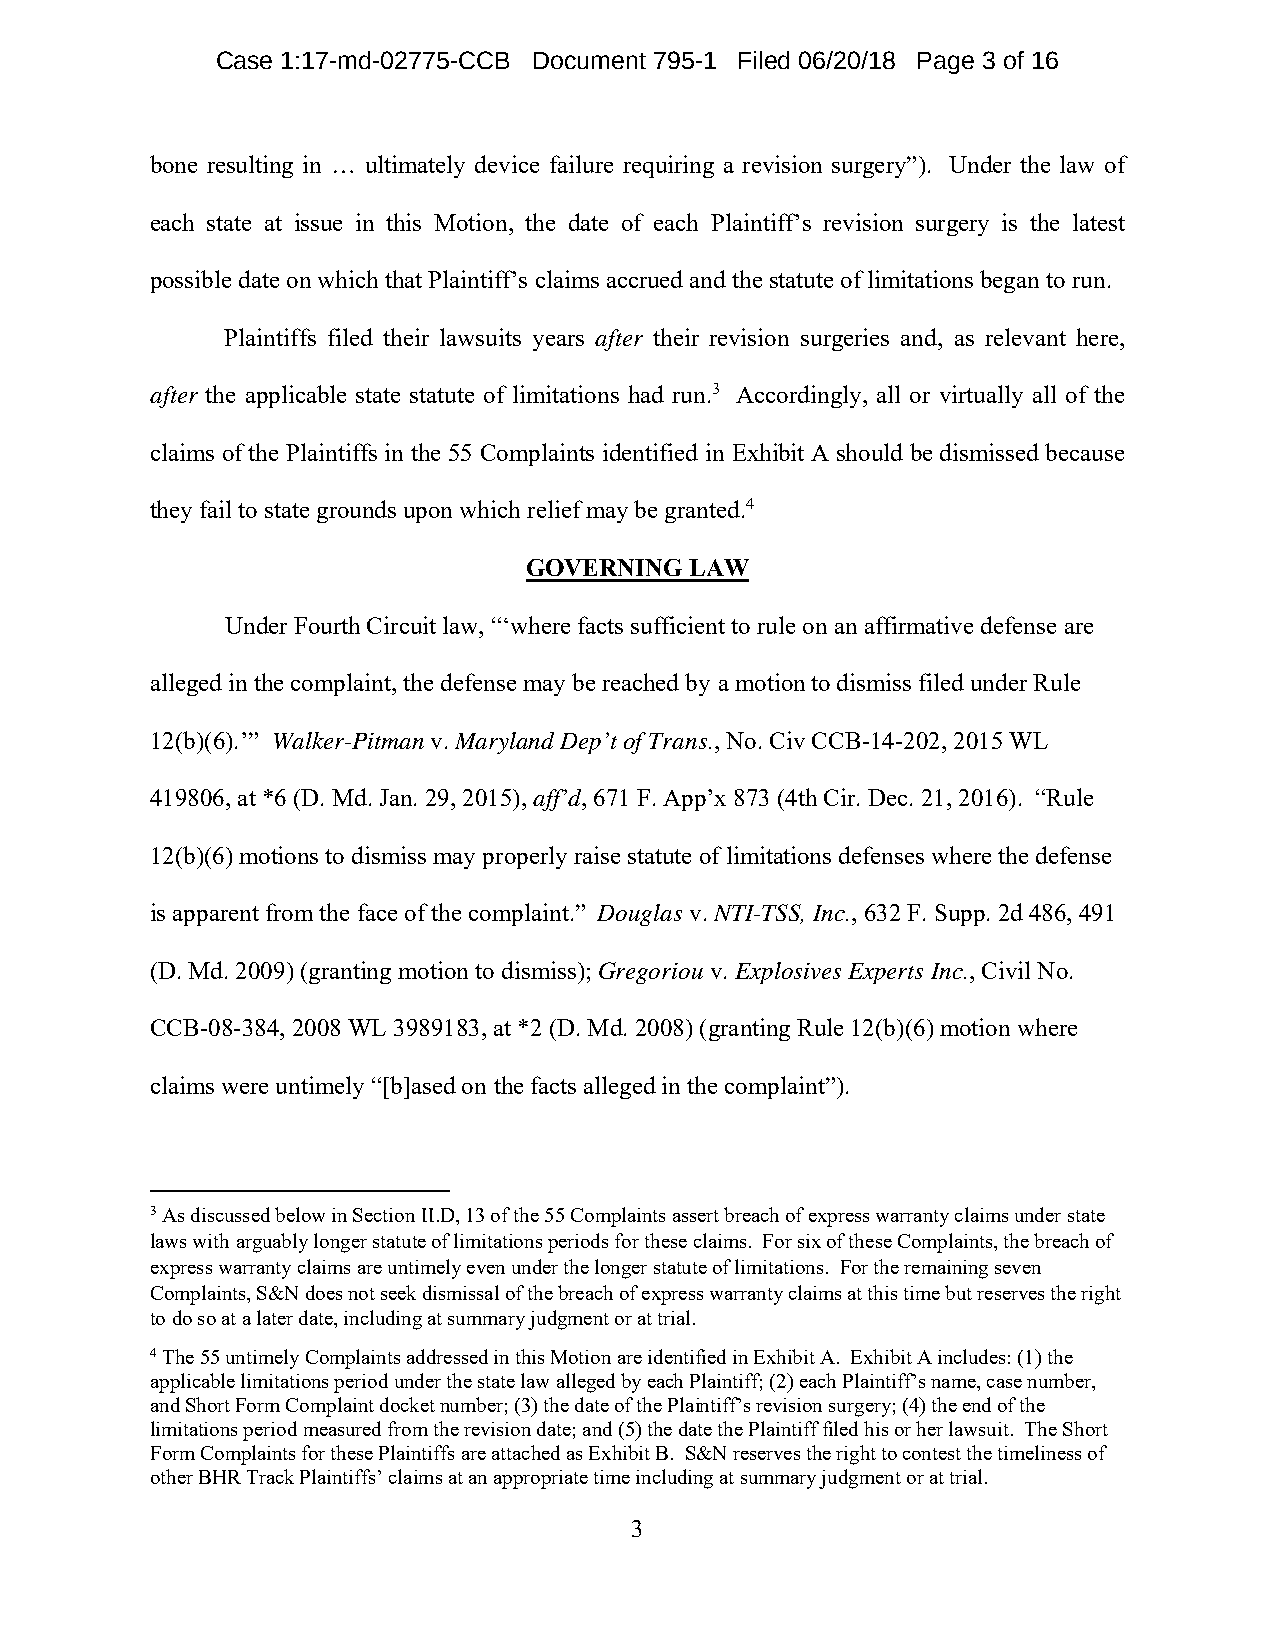
Case 1:17-md-02775-CCB Document 795-1 Filed 06/20/18 Page 3 of 16
 bone resulting in … ultimately device failure requiring a revision surgery”). Under the law of
 each state at issue in this Motion, the date of each Plaintiff’s revision surgery is the latest
 possible date on which that Plaintiff’s claims accrued and the statute of limitations began to run.
 Plaintiffs filed their lawsuits years after their revision surgeries and, as relevant here,
 after the applicable state statute of limitations had run.3 Accordingly, all or virtually all of the
 claims of the Plaintiffs in the 55 Complaints identified in Exhibit A should be dismissed because
 they fail to state grounds upon which relief may be granted.4
 GOVERNING  LAW
 Under Fourth Circuit law, “‘where facts sufficient to rule on an affirmative defense are
 alleged in the complaint, the defense may be reached by a motion to dismiss filed under Rule
 12(b)(6).’” Walker-Pitman v. Maryland Dep’t of Trans., No. Civ CCB-14-202, 2015 WL
 419806, at *6 (D. Md. Jan. 29, 2015), aff’d, 671 F. App’x 873 (4th Cir. Dec. 21, 2016). “Rule
 12(b)(6) motions to dismiss may properly raise statute of limitations defenses where the defense
 is apparent from the face of the complaint.” Douglas v. NTI-TSS, Inc., 632 F. Supp. 2d 486, 491
 (D. Md. 2009) (granting motion to dismiss); Gregoriou v. Explosives Experts Inc., Civil No.
 CCB-08-384, 2008 WL 3989183, at *2 (D. Md. 2008) (granting Rule 12(b)(6) motion where
 claims were untimely “[b]ased on the facts alleged in the complaint”).
 3 As discussed below in Section II.D, 13 of the 55 Complaints assert breach of express warranty claims under state
 laws with arguably longer statute of limitations periods for these claims. For six of these Complaints, the breach of
 express warranty claims are untimely even under the longer statute of limitations. For the remaining seven
 Complaints, S&N does not seek dismissal of the breach of express warranty claims at this time but reserves the right
 to do so at a later date, including at summary judgment or at trial.
 4 The 55 untimely Complaints addressed in this Motion are identified in Exhibit A. Exhibit A includes: (1) the
 applicable limitations period under the state law alleged by each Plaintiff; (2) each Plaintiff’s name, case number,
 and Short Form Complaint docket number; (3) the date of the Plaintiff’s revision surgery; (4) the end of the
 limitations period measured from the revision date; and (5) the date the Plaintiff filed his or her lawsuit. The Short
 Form Complaints for these Plaintiffs are attached as Exhibit B. S&N reserves the right to contest the timeliness of
 other BHR Track Plaintiffs’ claims at an appropriate time including at summary judgment or at trial.
 3